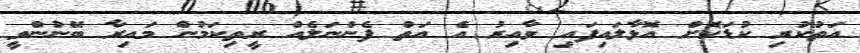
އަތުކުރި ކުޑަކޮށް އޮޅާލައިފައި ވާއިރު އެ އަތް ފެންނަލެއް ރީތިކަމުން މައިރާ ބޭނުންވީ